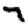
Digit: 7